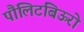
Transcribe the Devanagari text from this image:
पौलिटबिऊरो